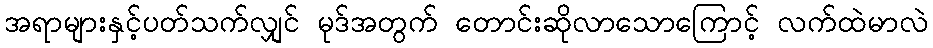
အရာများနှင့်ပတ်သက်လျှင် မုဒ်အတွက် တောင်းဆိုလာသောကြောင့် လက်ထဲမာလဲ